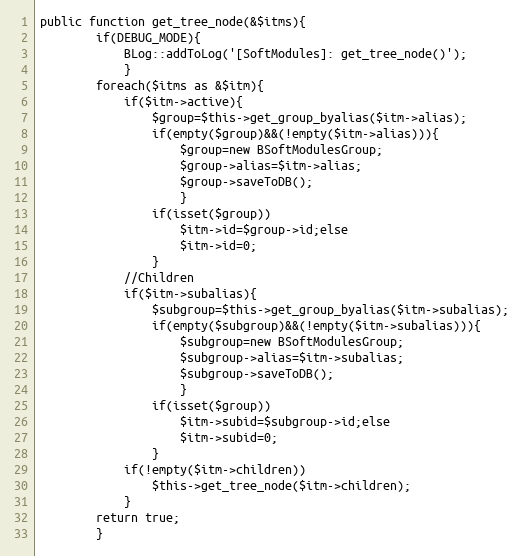
Language: PHP
public function get_tree_node(&$itms){
		if(DEBUG_MODE){
			BLog::addToLog('[SoftModules]: get_tree_node()');
			}
		foreach($itms as &$itm){
			if($itm->active){
				$group=$this->get_group_byalias($itm->alias);
				if(empty($group)&&(!empty($itm->alias))){
					$group=new BSoftModulesGroup;
					$group->alias=$itm->alias;
					$group->saveToDB();
					}
				if(isset($group))
					$itm->id=$group->id;else
					$itm->id=0;
				}
			//Children
			if($itm->subalias){
				$subgroup=$this->get_group_byalias($itm->subalias);
				if(empty($subgroup)&&(!empty($itm->subalias))){
					$subgroup=new BSoftModulesGroup;
					$subgroup->alias=$itm->subalias;
					$subgroup->saveToDB();
					}
				if(isset($group))
					$itm->subid=$subgroup->id;else
					$itm->subid=0;
				}
			if(!empty($itm->children))
				$this->get_tree_node($itm->children);
			}
		return true;
		}